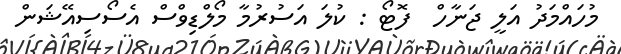
މުހައްމަދު އަލީ ޖަނާހް  ފޮޓޯ : ކުލަ އަސުރުމާ މޯލްޑިވްސް އެސޯސިއޭޝަން